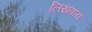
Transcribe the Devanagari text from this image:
लिखवाय